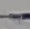
Text: -